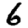
Digit: 6